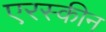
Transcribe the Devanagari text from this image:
एरस्कीन